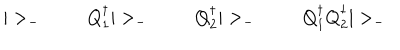
LaTeX: | > _ { - } \; \qquad Q _ { 1 } ^ { \dagger } | > _ { - } \; \qquad Q _ { 2 } ^ { \dagger } | > _ { - } \; \qquad Q _ { 1 } ^ { \dagger } Q _ { 2 } ^ { \dagger } | > _ { - }